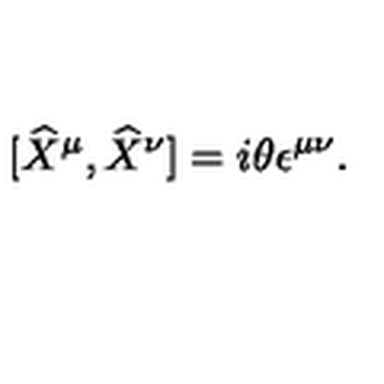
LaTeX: \lbrack \widehat { X } ^ { \mu } , \widehat { X } ^ { \nu } ] = i \theta \epsilon ^ { \mu \nu } .